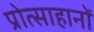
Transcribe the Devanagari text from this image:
प्रोत्साहानों